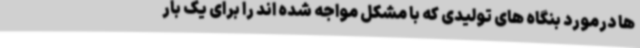
ها درمورد بنگاه های تولیدی که با مشکل مواجه شده اند را برای یک بار